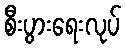
စီးပွားရေးလုပ်